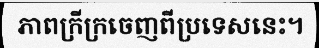
ភាពក្រីក្រចេញពីប្រទេសនេះ។